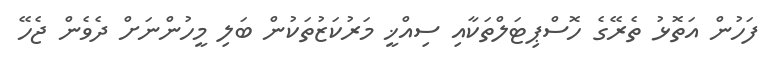
ފަހުން އަތޮޅު ތެރޭގެ ހޮސްޕިޓަލްތަކާއި ސިއްޚީ މަރުކަޒުތަކުން ބަލި މީހުންނަށް ދެވެން ޖެހޭ